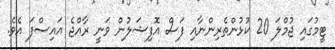
ޓީމުގައި ޖުމްލަ 20 ކުޅުންތެރިންނާއި ފަސް އޮފިޝަލުން ވަނީ ރާއްޖެ އައިސްފަ އެވެ.